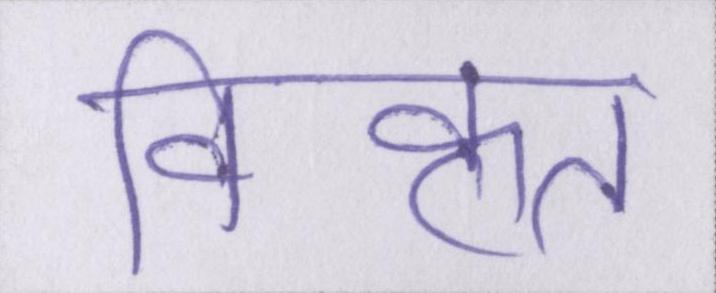
विकृत